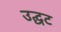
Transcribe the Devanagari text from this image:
उद्घट